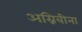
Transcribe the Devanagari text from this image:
अग्निबीना